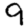
Digit: 9